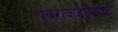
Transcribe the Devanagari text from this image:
युवराज्याभिषेक